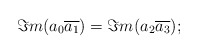
\begin{align*}\Im m(a_0\overline{a_1})=\Im m(a_2\overline{a_3});\end{align*}